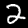
Digit: 2